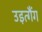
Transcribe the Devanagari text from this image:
उइत्गैंग